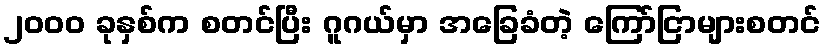
၂၀၀၀ ခုနှစ်က စတင်ပြီး ဂူဂယ်မှာ အခြေခံတဲ့ ကြော်ငြာများစတင်